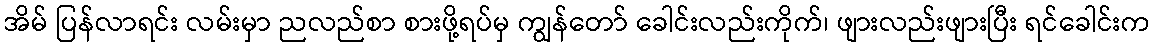
အိမ် ပြန်လာရင်း လမ်းမှာ ညလည်စာ စားဖို့ရပ်မှ ကျွန်တော် ခေါင်းလည်းကိုက်၊ ဖျားလည်းဖျားပြီး ရင်ခေါင်းက